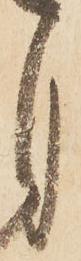
自